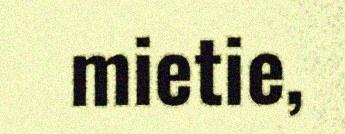
mietie,